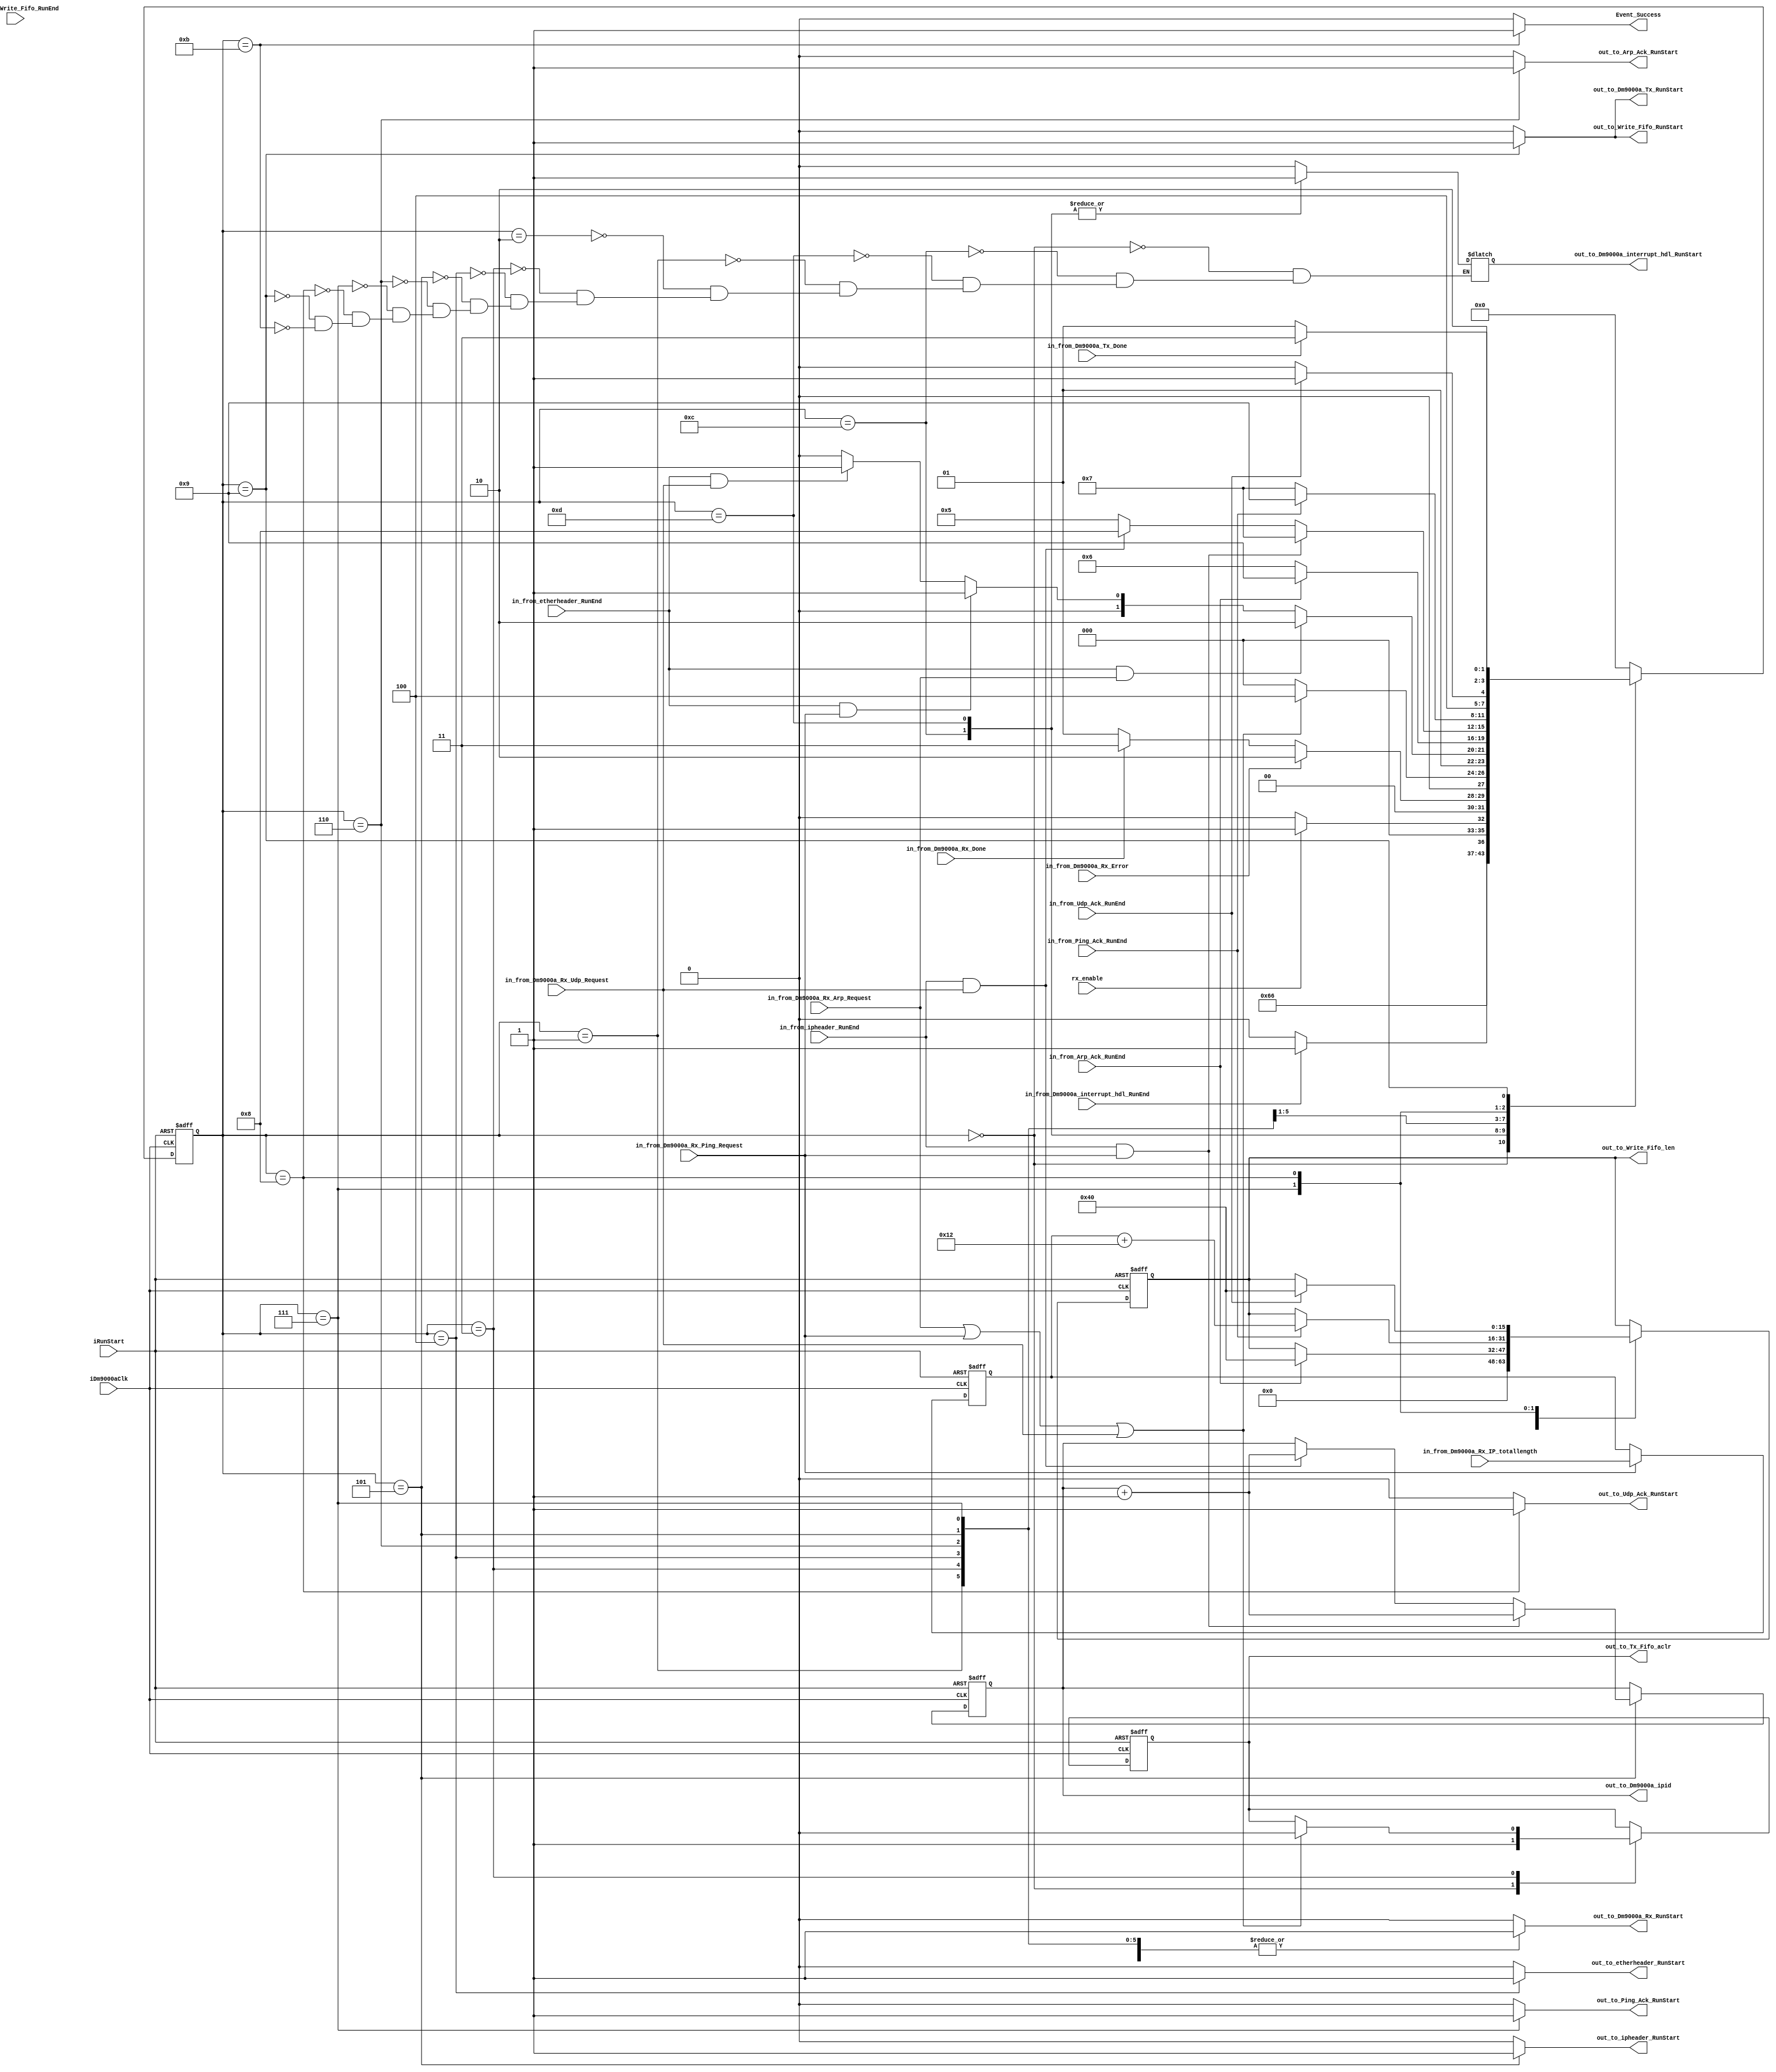
//modified 2014 0921
module Task
(
	input iDm9000aClk,
	input iRunStart,
	input rx_enable,//
	input in_from_Dm9000a_interrupt_hdl_RunEnd, //new add
	input [15:0] in_from_Dm9000a_Rx_IP_totallength,  //
  input in_from_etherheader_RunEnd,//MAC
  input in_from_ipheader_RunEnd,//IP
  input in_from_Arp_Ack_RunEnd,//Arp
  input in_from_Ping_Ack_RunEnd,//Ping
  input in_from_Udp_Ack_RunEnd, //Udp 
  input in_from_Write_Fifo_RunEnd,//FIFO
  input in_from_Dm9000a_Tx_Done,  //Tx
	input in_from_Dm9000a_Rx_Error,//Rx
	input in_from_Dm9000a_Rx_Done, //Rx
  input in_from_Dm9000a_Rx_Arp_Request,
  input in_from_Dm9000a_Rx_Ping_Request,
  input in_from_Dm9000a_Rx_Udp_Request,
  output reg out_to_Dm9000a_Rx_RunStart,
  output reg out_to_etherheader_RunStart,
  output reg out_to_Arp_Ack_RunStart,
  output reg out_to_ipheader_RunStart,
  output reg out_to_Ping_Ack_RunStart,
  output reg out_to_Udp_Ack_RunStart,
  output reg out_to_Write_Fifo_RunStart,
  output reg out_to_Dm9000a_Tx_RunStart,
  output reg [15:0] out_to_Dm9000a_ipid,//ip
  output reg [15:0] out_to_Write_Fifo_len,//fifo
  output reg out_to_Tx_Fifo_aclr,//fifo
  output reg out_to_Dm9000a_interrupt_hdl_RunStart, //new add
  output reg Event_Success
);
reg [15:0] Tx_len;
always @ (posedge iDm9000aClk ,negedge iRunStart)begin
	if(~iRunStart)
		Tx_len <= 16'b0;
	else if(in_from_Dm9000a_Rx_Ping_Request)
		Tx_len <= in_from_Dm9000a_Rx_IP_totallength;
	else
		Tx_len <= Tx_len;
end
	
reg [3:0] State;
localparam [3:0] Idle = 4'd0,RX_START = 4'd1,
                 RX_ERROR = 4'd2,
                 RX_DONE = 4'd3 , 
                 ETHER_HEAD = 4'd4 , 
                 IP_HEAD = 4'd5,
								 ARP_RESPONSE = 4'd6 , 
                 PING_RESPONSE = 4'd7 , 
                 UDP_RESPONSE = 4'd8 , 
                 WRITE_FIFO = 4'd9,
								 TX_START = 4'd10 , 
                 TX_DONE = 4'd11 , 
                 INT_GEN = 4'd12 , 
                 RX_ENABLE = 4'd13;
wire Any_Request;//arp,ping,udp
assign Any_Request = in_from_Dm9000a_Rx_Arp_Request | in_from_Dm9000a_Rx_Ping_Request | in_from_Dm9000a_Rx_Udp_Request;
always @ (posedge iDm9000aClk , negedge iRunStart) begin
	if(~iRunStart) begin
		State <= Idle;
    out_to_Dm9000a_ipid <= 16'b0;
		out_to_Write_Fifo_len <= 16'b0;
		out_to_Tx_Fifo_aclr <= 1'b1; //fifo0
	end
	else begin
		case(State)
			Idle:begin
				out_to_Write_Fifo_len <= 16'b0;
				out_to_Tx_Fifo_aclr <= 1'b1;//FIFO 
				State <= INT_GEN;
        /*
        * 
        out_to_Dm9000a_interrupt_hdl_RunStart = 1'b0;
        out_to_Dm9000a_Rx_RunStart = 1'b0;
        out_to_etherheader_RunStart = 1'b0;
        out_to_ipheader_RunStart = 1'b0;
        out_to_Arp_Ack_RunStart = 1'b0;
        out_to_Ping_Ack_RunStart = 1'b0;
        out_to_Udp_Ack_RunStart = 1'b0;
        out_to_Write_Fifo_RunStart = 1'b0;
        out_to_Dm9000a_Tx_RunStart = 1'b0;
        Event_Success = 1'b0;        
        */
			end
		INT_GEN:begin
				if(in_from_Dm9000a_interrupt_hdl_RunEnd)
					State <= RX_ENABLE;
				else
					State <= INT_GEN;
      /*
			  out_to_Dm9000a_interrupt_hdl_RunStart = 1'b1; //
		    out_to_Dm9000a_Rx_RunStart = 1'b0;
		    out_to_etherheader_RunStart = 1'b0;
		    out_to_ipheader_RunStart = 1'b0;
		    out_to_Arp_Ack_RunStart = 1'b0;
		    out_to_Ping_Ack_RunStart = 1'b0;
		    out_to_Udp_Ack_RunStart = 1'b0;
		    out_to_Write_Fifo_RunStart = 1'b0;
		    out_to_Dm9000a_Tx_RunStart = 1'b0;
		    Event_Success = 1'b0;	 
      * 
      */
		end
		RX_ENABLE:begin
				if(rx_enable)
					State <= RX_START;
				else
					State <= Idle;
        /*
	      out_to_Dm9000a_interrupt_hdl_RunStart = 1'b1; //
        out_to_Dm9000a_Rx_RunStart = 1'b0;
        out_to_etherheader_RunStart = 1'b0;
        out_to_ipheader_RunStart = 1'b0;
        out_to_Arp_Ack_RunStart = 1'b0;
        out_to_Ping_Ack_RunStart = 1'b0;
        out_to_Udp_Ack_RunStart = 1'b0;
        out_to_Write_Fifo_RunStart = 1'b0;
        out_to_Dm9000a_Tx_RunStart = 1'b0;
        Event_Success = 1'b0;	
        *
        */
		end
      RX_START:begin
        if(in_from_Dm9000a_Rx_Error)
            State <= RX_ERROR;
        else if(in_from_Dm9000a_Rx_Done)
            State <= RX_DONE;
		  else
				State <= RX_START;
      /*
		    out_to_Dm9000a_interrupt_hdl_RunStart = 1'b0;
        out_to_Dm9000a_Rx_RunStart = 1'b1; //
        out_to_etherheader_RunStart = 1'b0;
        out_to_ipheader_RunStart = 1'b0;
        out_to_Arp_Ack_RunStart = 1'b0;
        out_to_Ping_Ack_RunStart = 1'b0;
        out_to_Udp_Ack_RunStart = 1'b0;
        out_to_Write_Fifo_RunStart = 1'b0;
        out_to_Dm9000a_Tx_RunStart = 1'b0;
        Event_Success = 1'b0;
      * 
      */
      end
      RX_ERROR:begin
        State <= Idle;
        /*
	      out_to_Dm9000a_interrupt_hdl_RunStart = 1'b0;
        out_to_Dm9000a_Rx_RunStart = 1'b0;
        out_to_etherheader_RunStart = 1'b0;
        out_to_ipheader_RunStart = 1'b0;
        out_to_Arp_Ack_RunStart = 1'b0;
        out_to_Ping_Ack_RunStart = 1'b0;
        out_to_Udp_Ack_RunStart = 1'b0;
        out_to_Write_Fifo_RunStart = 1'b0;
        out_to_Dm9000a_Tx_RunStart = 1'b0;
        Event_Success = 1'b0;
        * 
        */
      end
      RX_DONE:begin
        if(Any_Request) begin//Arp,Ping,udp
          State <= ETHER_HEAD;
			 out_to_Tx_Fifo_aclr <= 1'b0;//fifo,
		    end
        else
          State <= Idle;//

        /*
	      out_to_Dm9000a_interrupt_hdl_RunStart = 1'b0;
        out_to_Dm9000a_Rx_RunStart = 1'b1; //
        out_to_etherheader_RunStart = 1'b0;
        out_to_ipheader_RunStart = 1'b0;
        out_to_Arp_Ack_RunStart = 1'b0;
        out_to_Ping_Ack_RunStart = 1'b0;
        out_to_Udp_Ack_RunStart = 1'b0;
        out_to_Write_Fifo_RunStart = 1'b0;
        out_to_Dm9000a_Tx_RunStart = 1'b0;
        Event_Success = 1'b0;
        * 
        */
      end
      ETHER_HEAD:begin
        if(in_from_etherheader_RunEnd & in_from_Dm9000a_Rx_Arp_Request)//arp MAC
          State <= ARP_RESPONSE;
        else if(in_from_etherheader_RunEnd & in_from_Dm9000a_Rx_Ping_Request)//ping MAC
          State <= IP_HEAD;
        else if(in_from_etherheader_RunEnd & in_from_Dm9000a_Rx_Udp_Request)//Udp MAC
          State <= IP_HEAD;
        else 
          State <= ETHER_HEAD;//
        /*
	      out_to_Dm9000a_interrupt_hdl_RunStart = 1'b0;
	      out_to_Dm9000a_Rx_RunStart = 1'b1; //
        out_to_etherheader_RunStart = 1'b1;   //MAC
        out_to_ipheader_RunStart = 1'b0;
        out_to_Arp_Ack_RunStart = 1'b0;
        out_to_Ping_Ack_RunStart = 1'b0;
        out_to_Udp_Ack_RunStart = 1'b0;
        out_to_Write_Fifo_RunStart = 1'b0;
        out_to_Dm9000a_Tx_RunStart = 1'b0;
        Event_Success = 1'b0;
        * 
        */
      end
      ARP_RESPONSE:begin
        if(in_from_Arp_Ack_RunEnd)begin
          State <= WRITE_FIFO; //FIFO
			 out_to_Write_Fifo_len <= 16'd64;
		  end
        else
          State <= ARP_RESPONSE;//
        /*
	      out_to_Dm9000a_interrupt_hdl_RunStart = 1'b0;
	      out_to_Dm9000a_Rx_RunStart = 1'b1; //
        out_to_etherheader_RunStart = 1'b0;
        out_to_ipheader_RunStart = 1'b0;
        out_to_Arp_Ack_RunStart = 1'b1;         //Arp
        out_to_Ping_Ack_RunStart = 1'b0;
        out_to_Udp_Ack_RunStart = 1'b0;
        out_to_Write_Fifo_RunStart = 1'b0;
        out_to_Dm9000a_Tx_RunStart = 1'b0;
        Event_Success = 1'b0;
        * 
        */
      end
      IP_HEAD:begin
        if(in_from_ipheader_RunEnd & in_from_Dm9000a_Rx_Ping_Request)begin//Ping ip
          State <= PING_RESPONSE;
          out_to_Dm9000a_ipid <= out_to_Dm9000a_ipid + 1'b1;//ip1
        end
        else if(in_from_ipheader_RunEnd & in_from_Dm9000a_Rx_Udp_Request)begin//Udp ip
          State <= UDP_RESPONSE;
          out_to_Dm9000a_ipid <= out_to_Dm9000a_ipid + 1'b1;//ip1
        end
        else
          State <= IP_HEAD;//
        /*
	      out_to_Dm9000a_interrupt_hdl_RunStart = 1'b0;
	      out_to_Dm9000a_Rx_RunStart = 1'b1; //
        out_to_etherheader_RunStart = 1'b0;
        out_to_ipheader_RunStart = 1'b1;        //IP
        out_to_Arp_Ack_RunStart = 1'b0;
        out_to_Ping_Ack_RunStart = 1'b0;
        out_to_Udp_Ack_RunStart = 1'b0;
        out_to_Write_Fifo_RunStart = 1'b0;
        out_to_Dm9000a_Tx_RunStart = 1'b0;
        Event_Success = 1'b0;
        * 
        */
      end
      PING_RESPONSE:begin
        if(in_from_Ping_Ack_RunEnd) begin//Ping
          State <= WRITE_FIFO;
			 out_to_Write_Fifo_len <= Tx_len + 16'd18;
			end
        else 
          State <= PING_RESPONSE;//
        /*
	      out_to_Dm9000a_interrupt_hdl_RunStart = 1'b0;
	      out_to_Dm9000a_Rx_RunStart = 1'b1; //
        out_to_etherheader_RunStart = 1'b0;
        out_to_ipheader_RunStart = 1'b0;
        out_to_Arp_Ack_RunStart = 1'b0;
        out_to_Ping_Ack_RunStart = 1'b1;      //Ping
        out_to_Udp_Ack_RunStart = 1'b0;
        out_to_Write_Fifo_RunStart = 1'b0;
        out_to_Dm9000a_Tx_RunStart = 1'b0;
        Event_Success = 1'b0;
        * 
        */
      end
      UDP_RESPONSE:begin
        if(in_from_Udp_Ack_RunEnd)begin//Udp
          State <= WRITE_FIFO;
			 out_to_Write_Fifo_len <= 16'd64; //
		 end
       else
          State <= UDP_RESPONSE;//
        /*
	      out_to_Dm9000a_interrupt_hdl_RunStart = 1'b0;
	      out_to_Dm9000a_Rx_RunStart = 1'b1; //
        out_to_etherheader_RunStart = 1'b0;
        out_to_ipheader_RunStart = 1'b0;
        out_to_Arp_Ack_RunStart = 1'b0;
        out_to_Ping_Ack_RunStart = 1'b0;
        out_to_Udp_Ack_RunStart = 1'b1;      //Udp
        out_to_Write_Fifo_RunStart = 1'b0;
        out_to_Dm9000a_Tx_RunStart = 1'b0;
        Event_Success = 1'b0;
        * 
        */
      end
		  WRITE_FIFO:begin
			  if(in_from_Dm9000a_Tx_Done)
				  State <= TX_DONE;
			  else
				  State <= WRITE_FIFO;
        /*
	      out_to_Dm9000a_interrupt_hdl_RunStart = 1'b0;
	      out_to_Dm9000a_Rx_RunStart = 1'b0; //
        out_to_etherheader_RunStart = 1'b0;
        out_to_ipheader_RunStart = 1'b0;
        out_to_Arp_Ack_RunStart = 1'b0;
        out_to_Ping_Ack_RunStart = 1'b0;
        out_to_Udp_Ack_RunStart = 1'b0;
        out_to_Write_Fifo_RunStart = 1'b1;
        out_to_Dm9000a_Tx_RunStart = 1'b1;
        Event_Success = 1'b0;
        * 
        */
		  end
		/*
      WRITE_FIFO:begin
        if(in_from_Write_Fifo_RunEnd)//fifo
          State <= TX_START;
        else
          State <= WRITE_FIFO;
      end
      TX_START:begin
        if(in_from_Dm9000a_Tx_Done)//
          State <= TX_DONE;
        else
          State <= TX_START; //
      end*/
      TX_DONE:begin
        State <= Idle;//
        /*
	      out_to_Dm9000a_interrupt_hdl_RunStart = 1'b0;
	      out_to_Dm9000a_Rx_RunStart = 1'b0; 
        out_to_etherheader_RunStart = 1'b0;
        out_to_ipheader_RunStart = 1'b0;
        out_to_Arp_Ack_RunStart = 1'b0;
        out_to_Ping_Ack_RunStart = 1'b0;
        out_to_Udp_Ack_RunStart = 1'b0;
        out_to_Write_Fifo_RunStart = 1'b0;
        out_to_Dm9000a_Tx_RunStart = 1'b0;
        Event_Success = 1'b1;
        * 
        */
      end
      default:State <= Idle;
		endcase
	end
end
always @ (State) begin
  case(State)
    Idle:begin
	    out_to_Dm9000a_interrupt_hdl_RunStart = 1'b0;
      out_to_Dm9000a_Rx_RunStart = 1'b0;
      out_to_etherheader_RunStart = 1'b0;
      out_to_ipheader_RunStart = 1'b0;
      out_to_Arp_Ack_RunStart = 1'b0;
      out_to_Ping_Ack_RunStart = 1'b0;
      out_to_Udp_Ack_RunStart = 1'b0;
      out_to_Write_Fifo_RunStart = 1'b0;
      out_to_Dm9000a_Tx_RunStart = 1'b0;
      Event_Success = 1'b0;
    end
	 INT_GEN:begin
	    out_to_Dm9000a_interrupt_hdl_RunStart = 1'b1; //
      out_to_Dm9000a_Rx_RunStart = 1'b0;
      out_to_etherheader_RunStart = 1'b0;
      out_to_ipheader_RunStart = 1'b0;
      out_to_Arp_Ack_RunStart = 1'b0;
      out_to_Ping_Ack_RunStart = 1'b0;
      out_to_Udp_Ack_RunStart = 1'b0;
      out_to_Write_Fifo_RunStart = 1'b0;
      out_to_Dm9000a_Tx_RunStart = 1'b0;
      Event_Success = 1'b0;	 
	 end
	 RX_ENABLE:begin
	    out_to_Dm9000a_interrupt_hdl_RunStart = 1'b1; //
      out_to_Dm9000a_Rx_RunStart = 1'b0;
      out_to_etherheader_RunStart = 1'b0;
      out_to_ipheader_RunStart = 1'b0;
      out_to_Arp_Ack_RunStart = 1'b0;
      out_to_Ping_Ack_RunStart = 1'b0;
      out_to_Udp_Ack_RunStart = 1'b0;
      out_to_Write_Fifo_RunStart = 1'b0;
      out_to_Dm9000a_Tx_RunStart = 1'b0;
      Event_Success = 1'b0;		 
	 end
    RX_START:begin
		  out_to_Dm9000a_interrupt_hdl_RunStart = 1'b0;
      out_to_Dm9000a_Rx_RunStart = 1'b1; //
      out_to_etherheader_RunStart = 1'b0;
      out_to_ipheader_RunStart = 1'b0;
      out_to_Arp_Ack_RunStart = 1'b0;
      out_to_Ping_Ack_RunStart = 1'b0;
      out_to_Udp_Ack_RunStart = 1'b0;
      out_to_Write_Fifo_RunStart = 1'b0;
      out_to_Dm9000a_Tx_RunStart = 1'b0;
      Event_Success = 1'b0;
    end
    RX_ERROR:begin
	    out_to_Dm9000a_interrupt_hdl_RunStart = 1'b0;
      out_to_Dm9000a_Rx_RunStart = 1'b0;
      out_to_etherheader_RunStart = 1'b0;
      out_to_ipheader_RunStart = 1'b0;
      out_to_Arp_Ack_RunStart = 1'b0;
      out_to_Ping_Ack_RunStart = 1'b0;
      out_to_Udp_Ack_RunStart = 1'b0;
      out_to_Write_Fifo_RunStart = 1'b0;
      out_to_Dm9000a_Tx_RunStart = 1'b0;
      Event_Success = 1'b0;
    end
    RX_DONE:begin
	    out_to_Dm9000a_interrupt_hdl_RunStart = 1'b0;
      out_to_Dm9000a_Rx_RunStart = 1'b1; //
      out_to_etherheader_RunStart = 1'b0;
      out_to_ipheader_RunStart = 1'b0;
      out_to_Arp_Ack_RunStart = 1'b0;
      out_to_Ping_Ack_RunStart = 1'b0;
      out_to_Udp_Ack_RunStart = 1'b0;
      out_to_Write_Fifo_RunStart = 1'b0;
      out_to_Dm9000a_Tx_RunStart = 1'b0;
      Event_Success = 1'b0;
    end
    ETHER_HEAD:begin
	    out_to_Dm9000a_interrupt_hdl_RunStart = 1'b0;
	    out_to_Dm9000a_Rx_RunStart = 1'b1; //
      out_to_etherheader_RunStart = 1'b1;   //MAC
      out_to_ipheader_RunStart = 1'b0;
      out_to_Arp_Ack_RunStart = 1'b0;
      out_to_Ping_Ack_RunStart = 1'b0;
      out_to_Udp_Ack_RunStart = 1'b0;
      out_to_Write_Fifo_RunStart = 1'b0;
      out_to_Dm9000a_Tx_RunStart = 1'b0;
      Event_Success = 1'b0;
    end
    IP_HEAD:begin
	    out_to_Dm9000a_interrupt_hdl_RunStart = 1'b0;
	    out_to_Dm9000a_Rx_RunStart = 1'b1; //
      out_to_etherheader_RunStart = 1'b0;
      out_to_ipheader_RunStart = 1'b1;        //IP
      out_to_Arp_Ack_RunStart = 1'b0;
      out_to_Ping_Ack_RunStart = 1'b0;
      out_to_Udp_Ack_RunStart = 1'b0;
      out_to_Write_Fifo_RunStart = 1'b0;
      out_to_Dm9000a_Tx_RunStart = 1'b0;
      Event_Success = 1'b0;
    end
    ARP_RESPONSE:begin
	    out_to_Dm9000a_interrupt_hdl_RunStart = 1'b0;
	    out_to_Dm9000a_Rx_RunStart = 1'b1; //
      out_to_etherheader_RunStart = 1'b0;
      out_to_ipheader_RunStart = 1'b0;
      out_to_Arp_Ack_RunStart = 1'b1;         //Arp
      out_to_Ping_Ack_RunStart = 1'b0;
      out_to_Udp_Ack_RunStart = 1'b0;
      out_to_Write_Fifo_RunStart = 1'b0;
      out_to_Dm9000a_Tx_RunStart = 1'b0;
      Event_Success = 1'b0;
    end
    PING_RESPONSE:begin
	    out_to_Dm9000a_interrupt_hdl_RunStart = 1'b0;
	    out_to_Dm9000a_Rx_RunStart = 1'b1; //
      out_to_etherheader_RunStart = 1'b0;
      out_to_ipheader_RunStart = 1'b0;
      out_to_Arp_Ack_RunStart = 1'b0;
      out_to_Ping_Ack_RunStart = 1'b1;      //Ping
      out_to_Udp_Ack_RunStart = 1'b0;
      out_to_Write_Fifo_RunStart = 1'b0;
      out_to_Dm9000a_Tx_RunStart = 1'b0;
      Event_Success = 1'b0;
    end
    UDP_RESPONSE:begin
	    out_to_Dm9000a_interrupt_hdl_RunStart = 1'b0;
	    out_to_Dm9000a_Rx_RunStart = 1'b1; //
      out_to_etherheader_RunStart = 1'b0;
      out_to_ipheader_RunStart = 1'b0;
      out_to_Arp_Ack_RunStart = 1'b0;
      out_to_Ping_Ack_RunStart = 1'b0;
      out_to_Udp_Ack_RunStart = 1'b1;      //Udp
      out_to_Write_Fifo_RunStart = 1'b0;
      out_to_Dm9000a_Tx_RunStart = 1'b0;
      Event_Success = 1'b0;
    end
    WRITE_FIFO:begin
	    out_to_Dm9000a_interrupt_hdl_RunStart = 1'b0;
	    out_to_Dm9000a_Rx_RunStart = 1'b0; //
      out_to_etherheader_RunStart = 1'b0;
      out_to_ipheader_RunStart = 1'b0;
      out_to_Arp_Ack_RunStart = 1'b0;
      out_to_Ping_Ack_RunStart = 1'b0;
      out_to_Udp_Ack_RunStart = 1'b0;
      out_to_Write_Fifo_RunStart = 1'b1;
      out_to_Dm9000a_Tx_RunStart = 1'b1;
      Event_Success = 1'b0;
    end
	 /*
    TX_START:begin
	    out_to_Dm9000a_Rx_RunStart = 1'b1; //
      out_to_etherheader_RunStart = 1'b0;
      out_to_ipheader_RunStart = 1'b0;
      out_to_Arp_Ack_RunStart = 1'b0;
      out_to_Ping_Ack_RunStart = 1'b0;
      out_to_Udp_Ack_RunStart = 1'b0;
      out_to_Write_Fifo_RunStart = 1'b1;
      out_to_Dm9000a_Tx_RunStart = 1'b1;
      Event_Success = 1'b0;
    end
	 */
    TX_DONE:begin
	    out_to_Dm9000a_interrupt_hdl_RunStart = 1'b0;
	    out_to_Dm9000a_Rx_RunStart = 1'b0; 
      out_to_etherheader_RunStart = 1'b0;
      out_to_ipheader_RunStart = 1'b0;
      out_to_Arp_Ack_RunStart = 1'b0;
      out_to_Ping_Ack_RunStart = 1'b0;
      out_to_Udp_Ack_RunStart = 1'b0;
      out_to_Write_Fifo_RunStart = 1'b0;
      out_to_Dm9000a_Tx_RunStart = 1'b0;
      Event_Success = 1'b1;
    end
    default:begin
	    out_to_Dm9000a_Rx_RunStart = 1'b0; 
      out_to_etherheader_RunStart = 1'b0;
      out_to_ipheader_RunStart = 1'b0;
      out_to_Arp_Ack_RunStart = 1'b0;
      out_to_Ping_Ack_RunStart = 1'b0;
      out_to_Udp_Ack_RunStart = 1'b0;
      out_to_Write_Fifo_RunStart = 1'b0;
      out_to_Dm9000a_Tx_RunStart = 1'b0;
      Event_Success = 1'b0;
    end
  endcase
end
endmodule